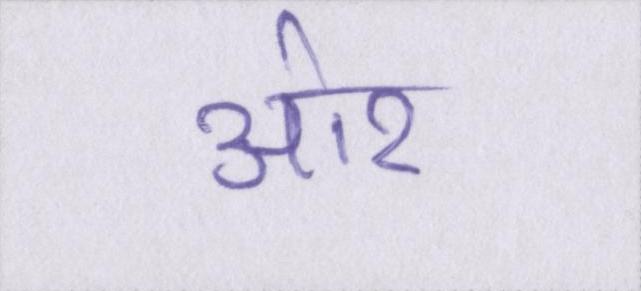
ओर।